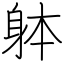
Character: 躰